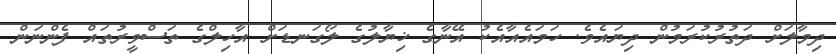
ދިމާލަށް ދަތުރުކުރަމުން ދިޔައެވެ. ހަމައެއާއެކު އޭނާގެ ޚިޔާލުގެ ލޯގަނޑަށް އާހިލްގެ ތަސްވީރުތައް ފެންނަން